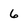
Character: 6